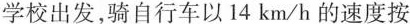
学校出发，骑自行车以14km/h的速度按